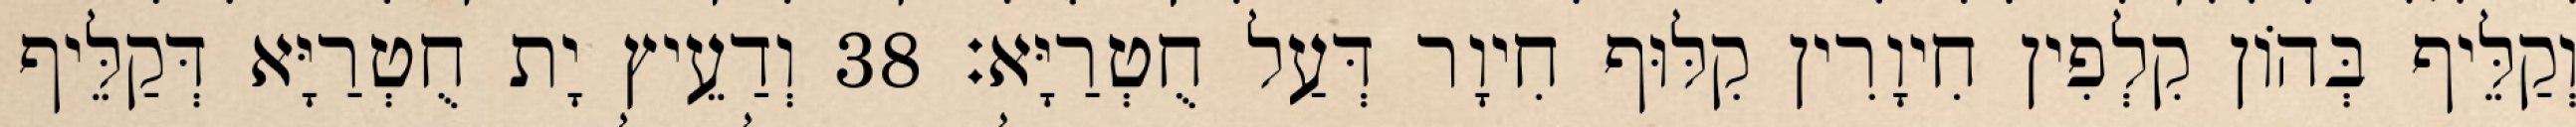
וְקַלֵּיף בְּהוֹן קִלְפִין חִיוָרִין קִלּוּף חִיוָר דְּעַל חֻטְרַיָּא׃ 38 וְדַעֵיץ יָת חֻטְרַיָּא דְּקַלֵּיף